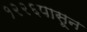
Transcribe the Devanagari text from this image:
१२२६पासून